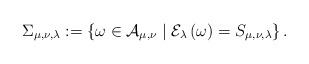
LaTeX: \begin{align*}\Sigma_{\mu, \nu, \lambda} :=\left\{ \omega \in \mathcal{A} _{\mu ,\nu} \mid \mathcal{E} _{\lambda}\left( \omega \right) =S_{\mu ,\nu ,\lambda} \right\}.\end{align*}